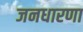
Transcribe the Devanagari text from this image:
जनधारणा